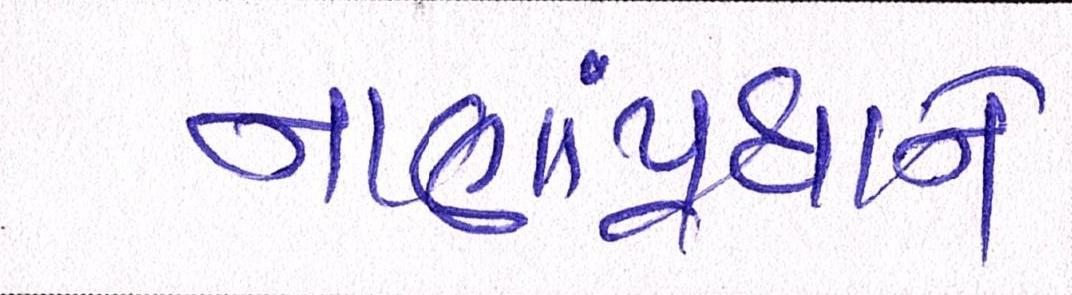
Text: નાણાંપ્રધાને